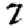
Digit: 7